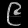
Digit: ၉